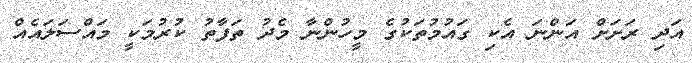
އަދި ރަށަށް އަންނަ އެކި ގައުމުތަކުގެ މީހުންނާ މެދު ތަފާތު ކުރުމަކީ މައްސަލައެއް